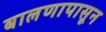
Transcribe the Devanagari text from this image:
बालणापासून